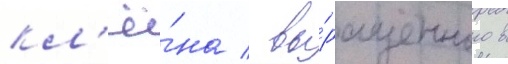
кл'ё́на / вы́ращенного в